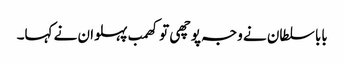
بابا سلطان نے وجہ پوچھی تو کھمب پہلوان نے کہا۔